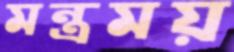
মন্ত্রময়